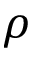
\rho